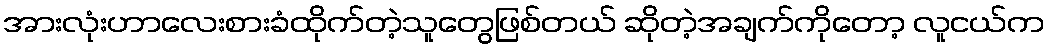
အားလုံးဟာလေးစားခံထိုက်တဲ့သူတွေဖြစ်တယ် ဆိုတဲ့အချက်ကိုတော့ လူငယ်က